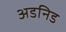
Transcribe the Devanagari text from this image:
अडनिड